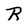
Character: R